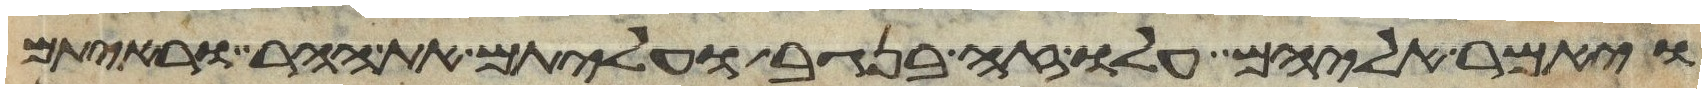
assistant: ויאמר אליהם עלו זה בנגב ועליתם את ההר וראיתם